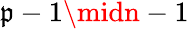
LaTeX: \mathfrak{p}-1\midn-1